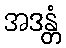
အဒန္တံ